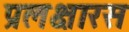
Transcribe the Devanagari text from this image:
प्रलक्षारस